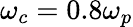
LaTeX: \omega_{c}=0.8\omega_{p}